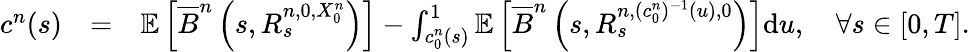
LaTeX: \begin{array}{rlr}{c^{n}(s)}&{=}&{\mathbb{E}\left[\overline{{B}}^{n}\left(s,R_{s}^{n,0,X_{0}^{n}}\right)\right]-\int_{c_{0}^{n}(s)}^{1}\mathbb{E}\left[\overline{{B}}^{n}\left(s,R_{s}^{n,(c_{0}^{n})^{-1}(u),0}\right)\right]\mathrm{d}u,\quad\forall s\in[0,T].}\end{array}